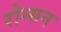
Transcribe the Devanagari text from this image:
रोन्सन